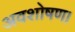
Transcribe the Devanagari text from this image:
अवशोषण।